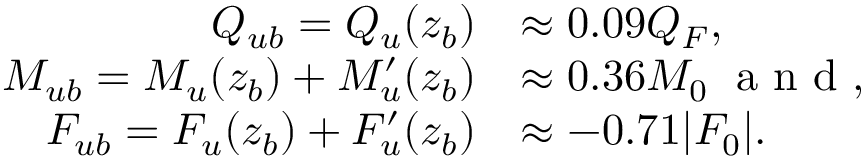
\begin{array} { r l } { Q _ { u b } = Q _ { u } ( z _ { b } ) } & { \approx 0 . 0 9 Q _ { F } , } \\ { M _ { u b } = M _ { u } ( z _ { b } ) + M _ { u } ^ { \prime } ( z _ { b } ) } & { \approx 0 . 3 6 M _ { 0 } \; \textrm { a n d } , } \\ { F _ { u b } = F _ { u } ( z _ { b } ) + F _ { u } ^ { \prime } ( z _ { b } ) } & { \approx - 0 . 7 1 | F _ { 0 } | . } \end{array}